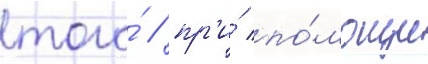
того́ / пр'и́ по́мощи